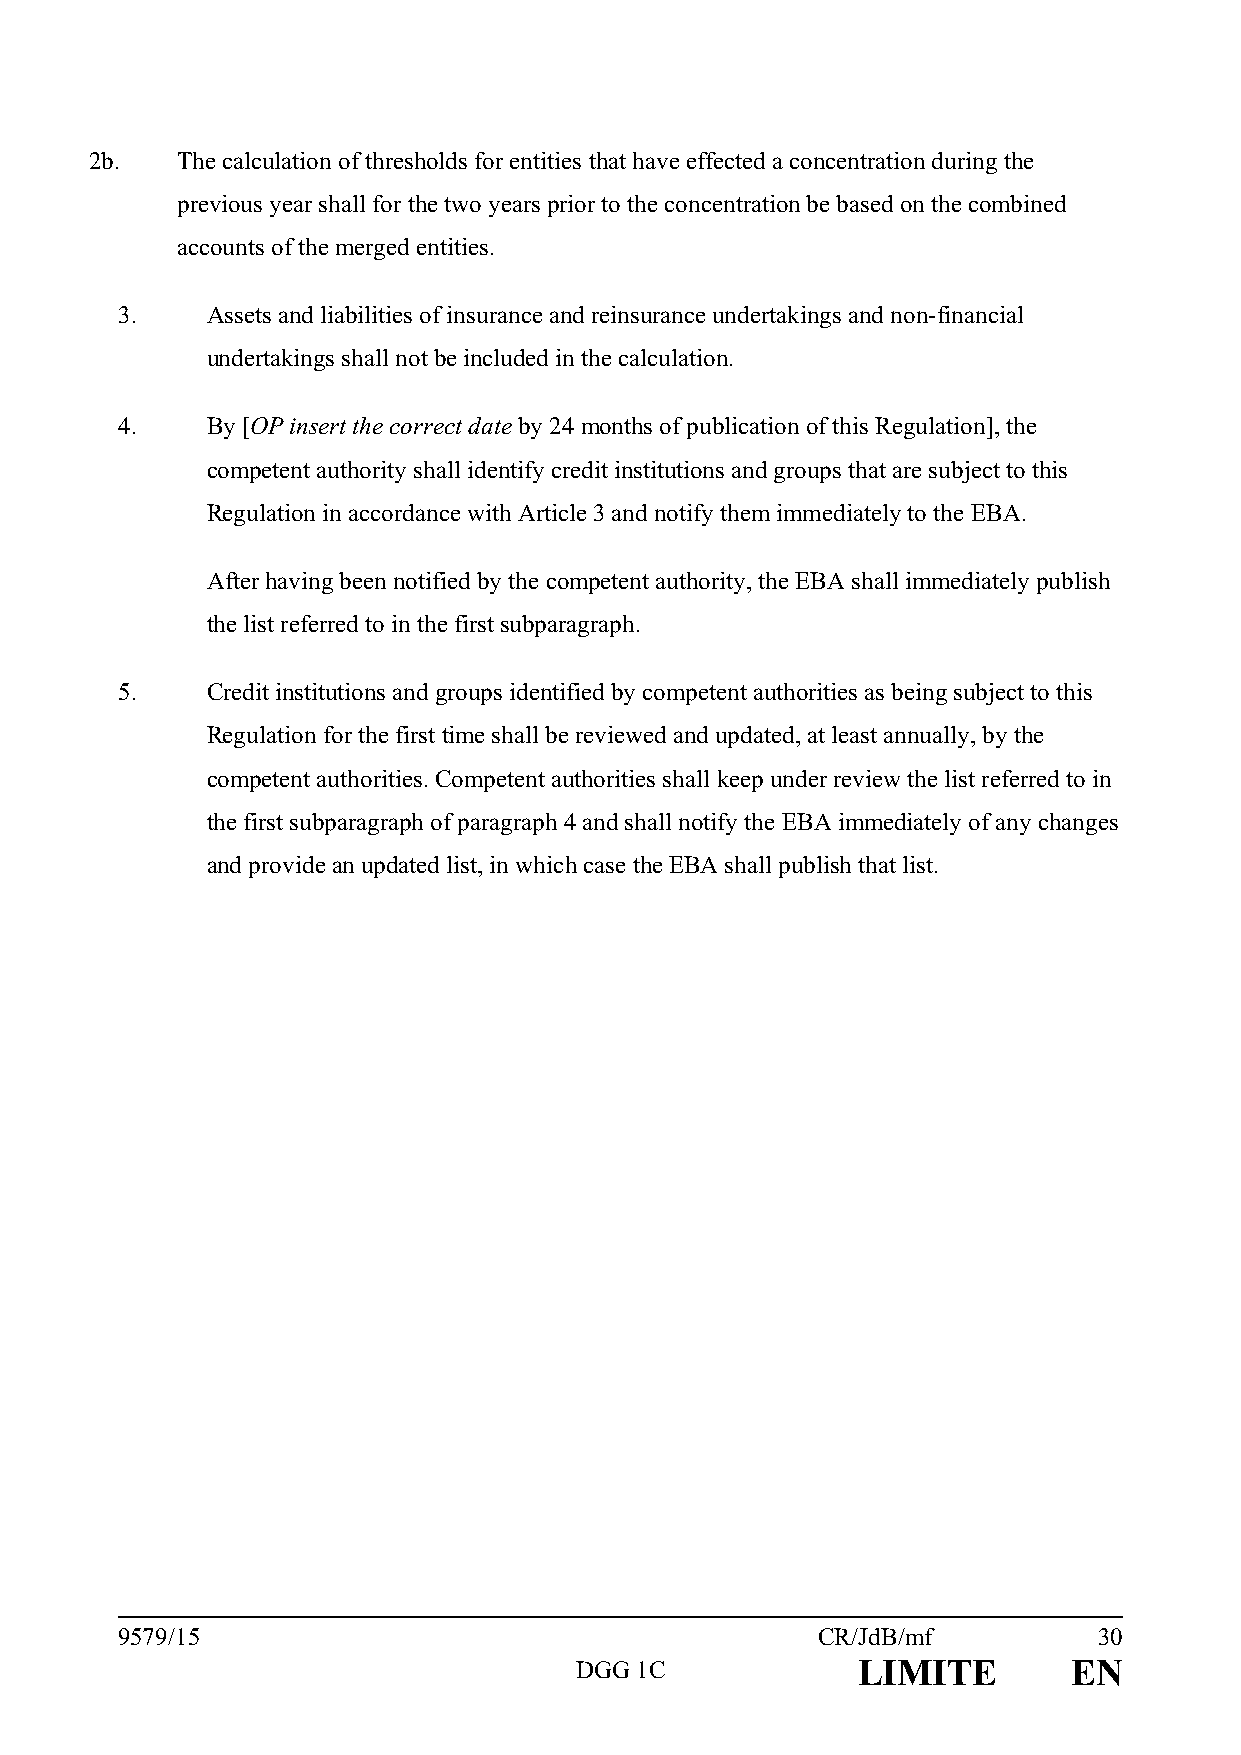
2b.   The calculation of thresholds for entities that have effected a concentration during the
 previous year shall for the two years prior to the concentration be based on the combined
 accounts of the merged entities.
 3.    Assets and liabilities of insurance and reinsurance undertakings and non-financial
 undertakings shall not be included in the calculation.
 4.    By [OP insert the correct date by 24 months of publication of this Regulation], the
 competent authority shall identify credit institutions and groups that are subject to this
 Regulation in accordance with Article 3 and notify them immediately to the EBA.
 After having been notified by the competent authority, the EBA shall immediately publish
 the list referred to in the first subparagraph.
 5.    Credit institutions and groups identified by competent authorities as being subject to this
 Regulation for the first time shall be reviewed and updated, at least annually, by the
 competent authorities. Competent authorities shall keep under review the list referred to in
 the first subparagraph of paragraph 4 and shall notify the EBA immediately of any changes
 and provide an updated list, in which case the EBA shall publish that list.
 9579/15                                       CR/JdB/mf          30
 DGG 1C             LIMITE        EN